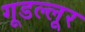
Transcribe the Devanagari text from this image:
गूडल्लूर